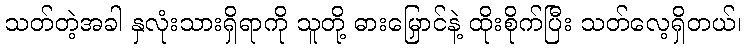
သတ်တဲ့အခါ နှလုံးသားရှိရာကို သူတို့ ဓားမြှောင်နဲ့ ထိုးစိုက်ပြီး သတ်လေ့ရှိတယ်၊